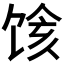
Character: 𱃽